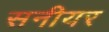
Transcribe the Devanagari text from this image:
सनीयर